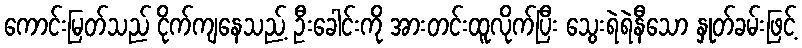
ကောင်းမြတ်သည် ငိုက်ကျနေသည့် ဦးခေါင်းကို အားတင်းထူလိုက်ပြီး သွေးရဲရဲနီသော နှုတ်ခမ်းဖြင့်